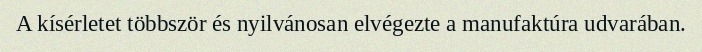
A kísérletet többször és nyilvánosan elvégezte a manufaktúra udvarában.